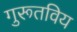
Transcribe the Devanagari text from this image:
गुरूतविय